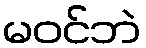
မဝင်ဘဲ